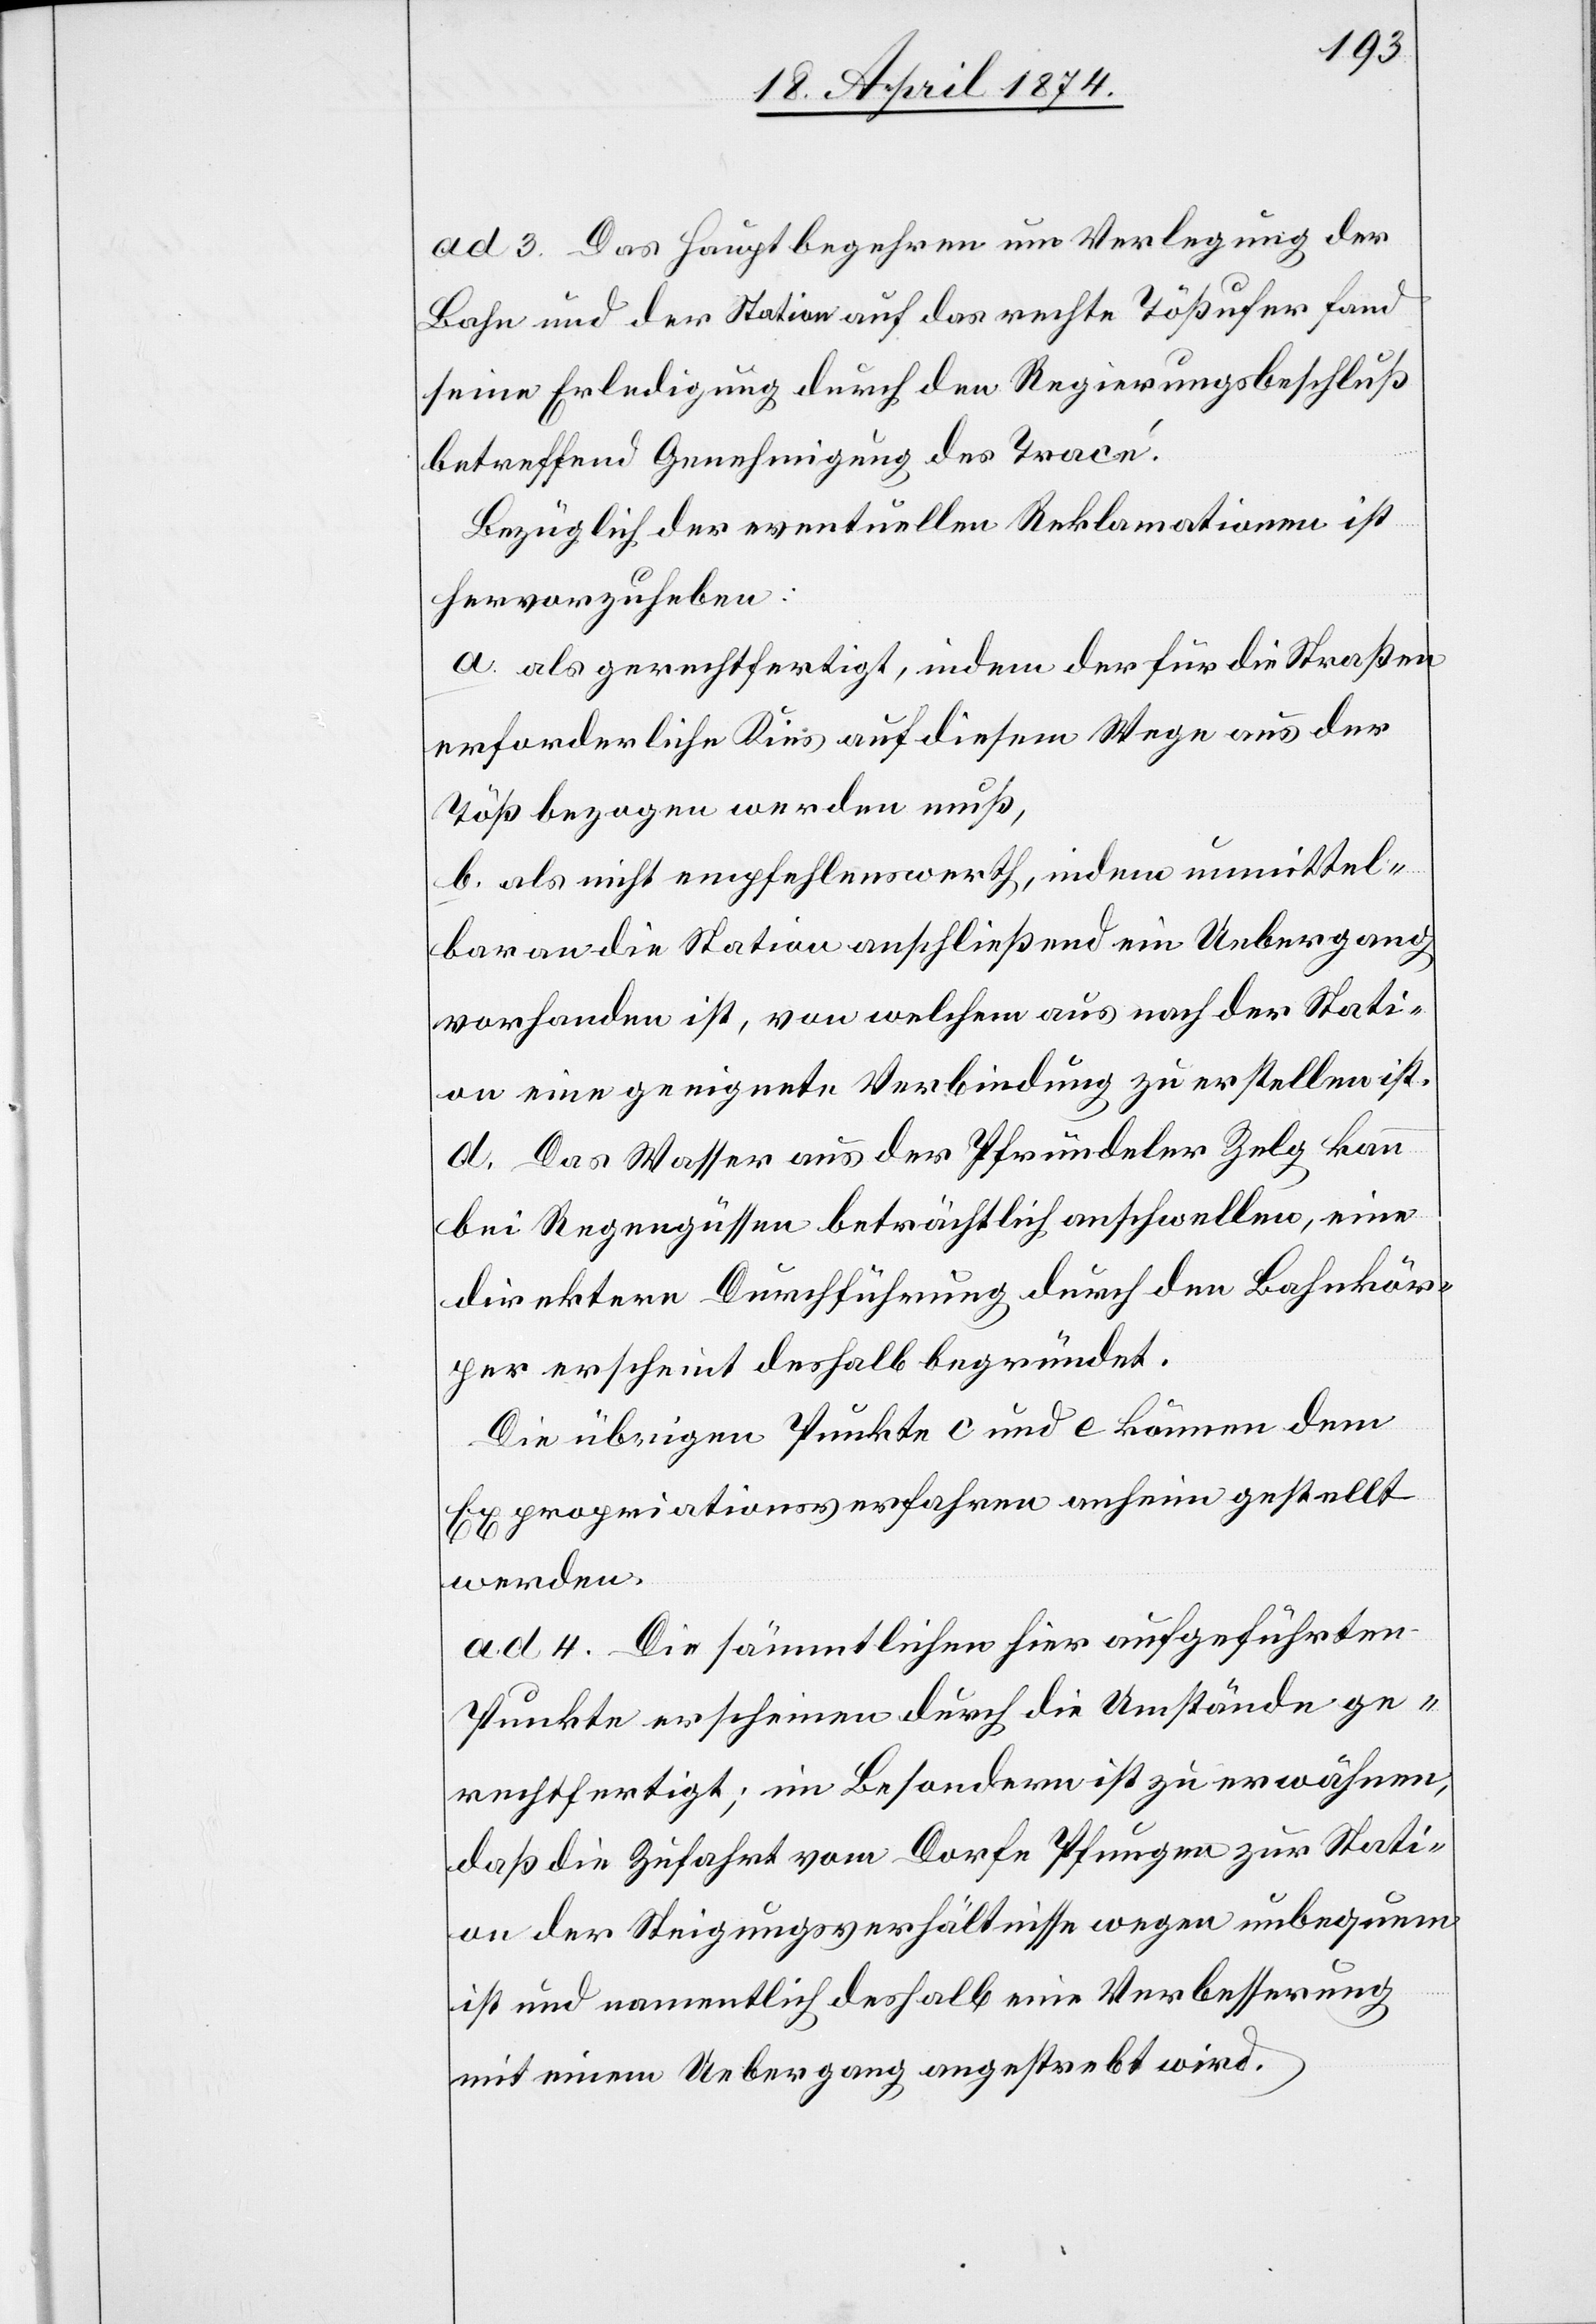
ad 3. Das Hauptbegehren um Verlegung der
Bahn und der Station auf das rechte Tößufer fand
seine Erledigung durch den Regierungsbeschluß
betreffend Genehmigung des Tracé.
Bezüglich der eventuellen Reklamationen ist
hervorzuheben:
a. als gerechtfertigt, indem der für die Straßen
erforderliche Kies auf diesem Wege aus der
Töß bezogen werden muß,
b. als nicht empfehlenswerth, indem unmittel¬
bar an die Station anschließend ein Uebergang
vorhanden ist, von welchem aus nach der Stati¬
on eine geeignete Verbindung zu erstellen ist.
D. Das Wasser aus der Pfründeler [sic!] Zelg kann
bei Regengüssen beträchtlich anschwellen, eine
direktere Durchführung durch den Bahnkör¬
per erscheint deshalb begründet.
Die übrigen Punkte c und e können dem
Expropriationsverfahren anheim gestellt
werden.
ad 4. Die sämmtlichen hier aufgeführten
Punkte erscheinen durch die Umstände ge¬
rechtfertigt; im Besondern ist zu erwähnen,
daß die Zufahrt vom Dorfe Pfungen zur Stati¬
on der Steigungsverhältnisse wegen unbequem
ist und namentlich deshalb eine Verbesserung
mit einem Uebergang angestrebt wird.